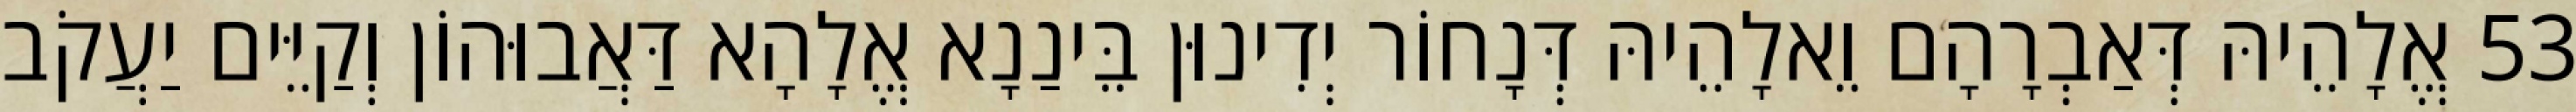
53 אֱלָהֵיהּ דְּאַבְרָהָם וֵאלָהֵיהּ דְּנָחוֹר יְדִינוּן בֵּינַנָא אֱלָהָא דַּאֲבוּהוֹן וְקַיֵּים יַעֲקֹב